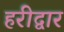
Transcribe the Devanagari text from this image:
हरीद्वार